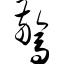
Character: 惊